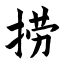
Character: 捞